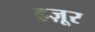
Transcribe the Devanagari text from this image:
हज़ूर